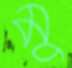
মু